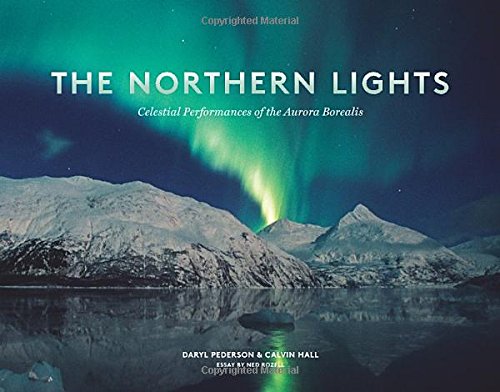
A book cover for The Northern Lights: Celestial Performances of the Aurora Borealis; Daryl Pederson; Science & Math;